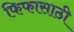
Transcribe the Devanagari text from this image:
फिफासाठी